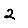
Digit: 2